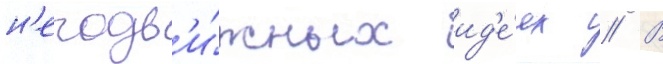
н'еподв'и́жных ид'е́ях // В